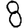
Digit: 8